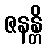
ဇနန္တိ